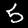
Label: 5